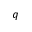
q